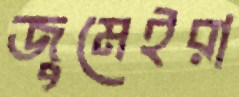
জুমেইরা